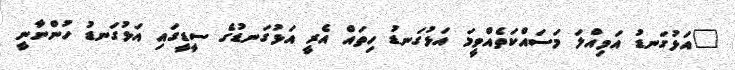
"އަޅުގަނޑު އަމިއްލަ މަސައްކަތެއްވީމަ އަޅުގަނޑު ހިތައް އެރީ އަޅުގަނޑުގެ ސީޑީގައި އަޅުގަނޑު ހުންނާނީ